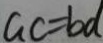
a c = b d